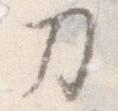
刀